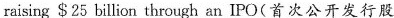
raising $25 billion through an IPO(首次公开发行股